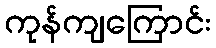
ကုန်ကျကြောင်း